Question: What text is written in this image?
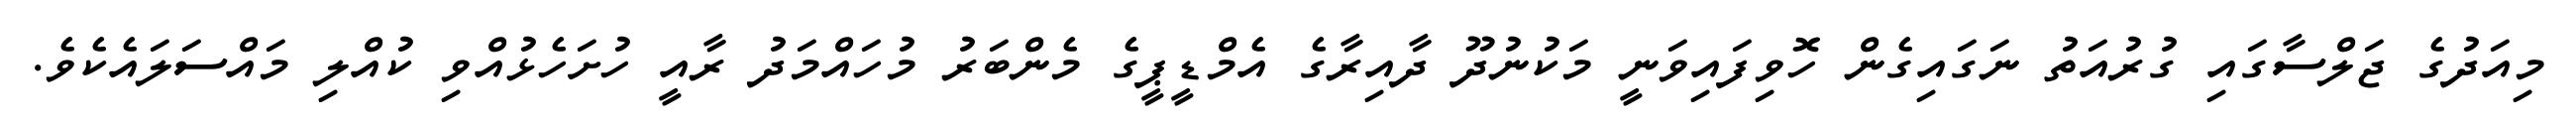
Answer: މިއަދުގެ ޖަލްސާގައި ގުރުއަތު ނަގައިގެން ހޮވިފައިވަނީ މަކުނުދޫ ދާއިރާގެ އެމްޑީޕީގެ މެންބަރު މުހައްމަދު ރާއީ ހުށަހެޅުއްވި ކުއްލި މައްސަލައެކެވެ.